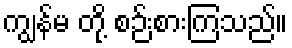
ကျွန်မ တို့ စဉ်းစားကြသည်။